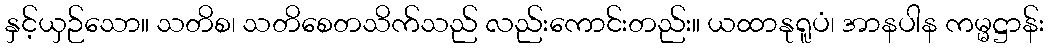
နှင့်ယှဉ်သော။ သတိစ၊ သတိစေတသိက်သည် လည်းကောင်းတည်း။ ယထာနုရူပံ၊ အာနပါန ကမ္မဋ္ဌာန်း